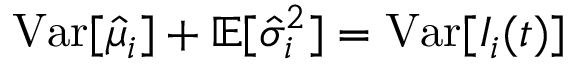
\mathrm { V a r } [ \hat { \mu } _ { i } ] + \mathbb { E } [ \hat { \sigma } _ { i } ^ { 2 } ] = \mathrm { V a r } [ I _ { i } ( t ) ]